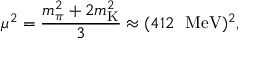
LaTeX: { \mu } ^ { 2 } = \frac { m _ { \pi } ^ { 2 } + 2 m _ { \mathrm { K } } ^ { 2 } } { 3 } \approx ( 4 1 2 ~ ~ \mathrm { M e V } ) ^ { 2 } ,